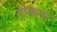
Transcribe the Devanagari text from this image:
लेकनर